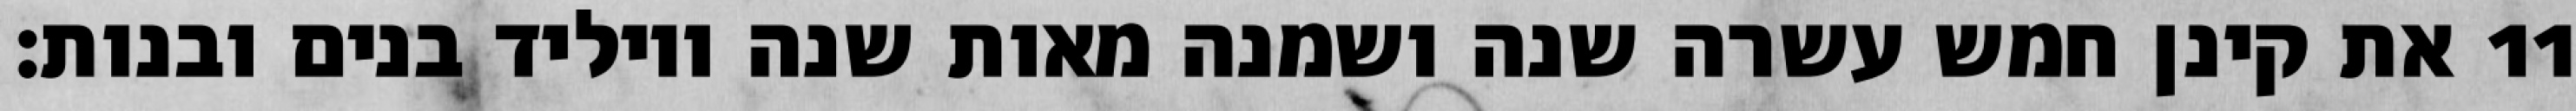
את קינן חמש עשרה שנה ושמנה מאות שנה ויוליד בנים ובנות׃ ‎11‏